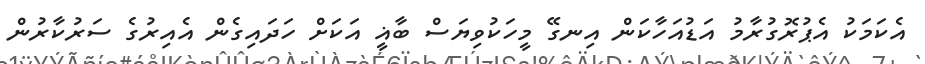
އެކަމަކު އެޕުރޮގުރާމު އަޑުއަހާކަން އިނގޭ މީހަކުވިޔަސް ބާޣީ އަކަށް ހަދައިގެން އެއިރުގެ ސަރުކާރުން